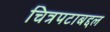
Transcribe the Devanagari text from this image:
चित्रपटाबद्दल